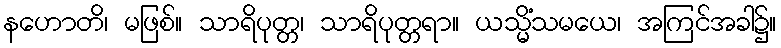
နဟောတိ၊ မဖြစ်။ သာရိပုတ္တ၊ သာရိပုတ္တရာ။ ယသ္မိံသမယေ၊ အကြင်အခါ၌။